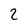
Character: 2